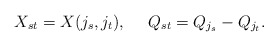
\begin{align*}X_{st} = X(j_s, j_t), \ \ \ \ Q_{st} = Q_{j_s}-Q_{j_t}.\end{align*}